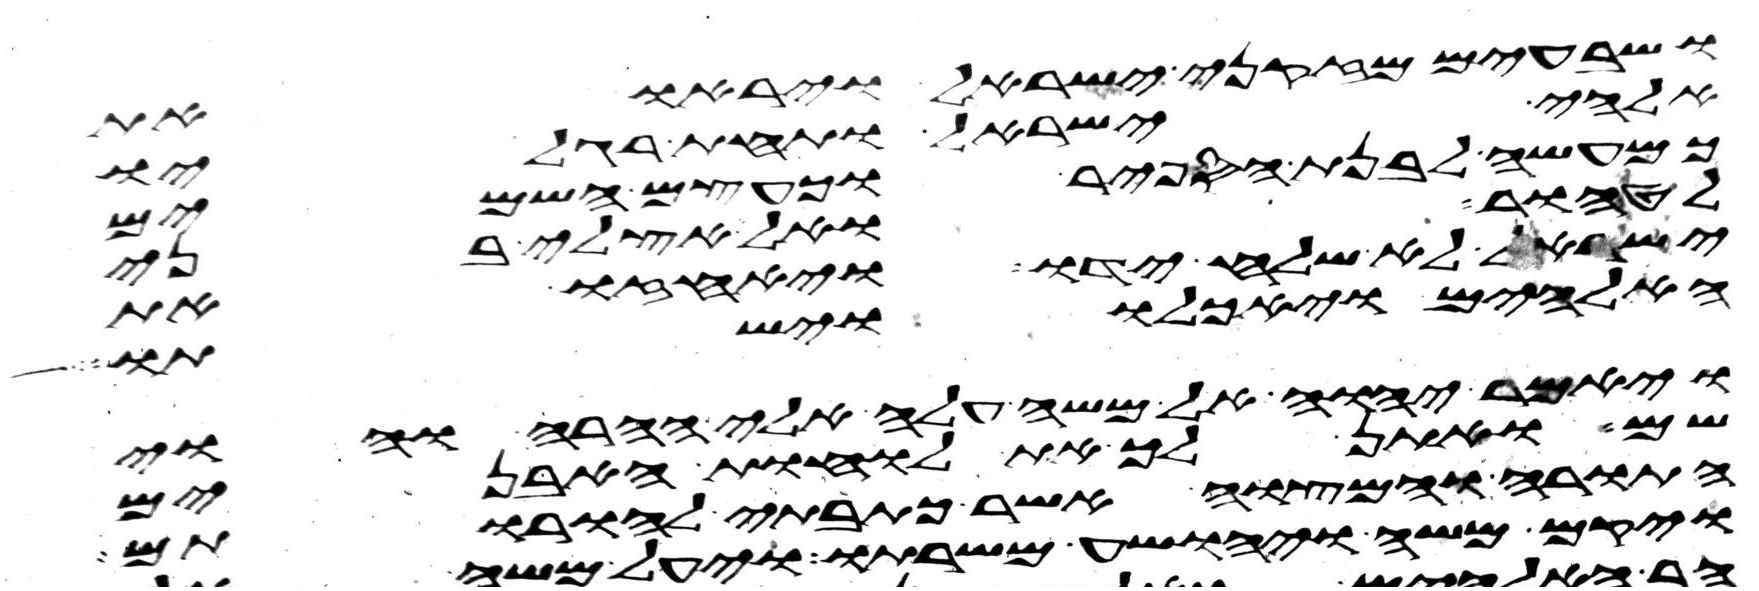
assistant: ושבעים מזקני ישראל ויראו את
אלהי ישראל ותחת רגליו
כמעשה לבנת הספיר וכעצם השמים
לטהור ואל אצלי בני
ישראל לא שלח ידו ויאחזו את
האלהים ויאכלו וישתו
ויאמר יהוה אל משה עלה אלי ההרה והוי
שם ואתן לך את לוחת האבנים
התורה והמצוה אשר כתבתי להורתם